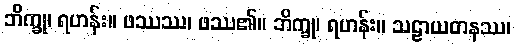
ဘိက္ခု၊ ရဟန်း။ ဖဿဿ၊ ဖဿ၏။ ဘိက္ခု၊ ရဟန်း။ သဠာယတနဿ၊